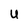
Character: U